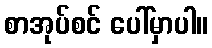
စာအုပ်စင် ပေါ်မှာပါ။